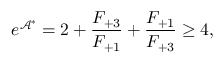
e ^ { \mathcal { A } ^ { \ast } } = 2 + \frac { F _ { + 3 } } { F _ { + 1 } } + \frac { F _ { + 1 } } { F _ { + 3 } } \geq 4 ,